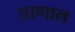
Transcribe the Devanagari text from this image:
प्राणाल